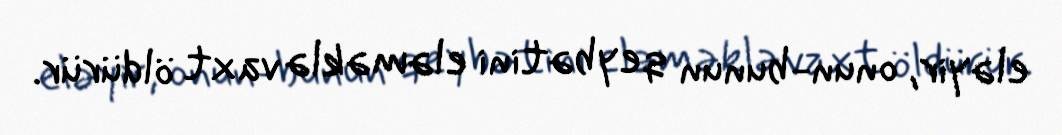
eləyir, onun-bunun qeybətini eləməklə vaxt öldürür.